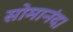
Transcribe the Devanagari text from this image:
सोमानंद।